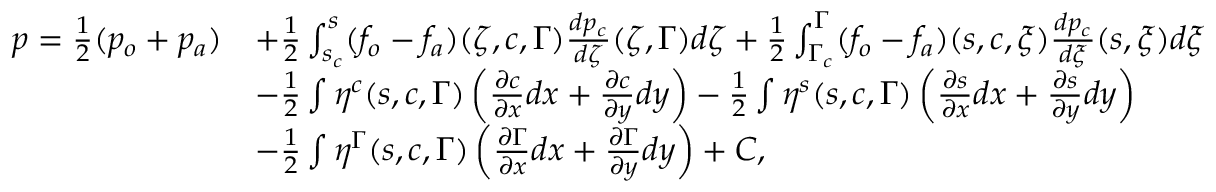
\begin{array} { r l } { p = \frac { 1 } { 2 } ( p _ { o } + p _ { a } ) } & { + \frac { 1 } { 2 } \int _ { s _ { c } } ^ { s } ( f _ { o } - f _ { a } ) ( \zeta , c , \Gamma ) \frac { d p _ { c } } { d \zeta } ( \zeta , \Gamma ) d \zeta + \frac { 1 } { 2 } \int _ { \Gamma _ { c } } ^ { \Gamma } ( f _ { o } - f _ { a } ) ( s , c , \xi ) \frac { d p _ { c } } { d \xi } ( s , \xi ) d \xi } \\ & { - \frac { 1 } { 2 } \int \eta ^ { c } ( s , c , \Gamma ) \left( \ensuremath { \frac { \partial c } { \partial x } } d x + \ensuremath { \frac { \partial c } { \partial y } } d y \right) - \frac { 1 } { 2 } \int \eta ^ { s } ( s , c , \Gamma ) \left( \ensuremath { \frac { \partial s } { \partial x } } d x + \ensuremath { \frac { \partial s } { \partial y } } d y \right) } \\ & { - \frac { 1 } { 2 } \int \eta ^ { \Gamma } ( s , c , \Gamma ) \left( \ensuremath { \frac { \partial \Gamma } { \partial x } } d x + \ensuremath { \frac { \partial \Gamma } { \partial y } } d y \right) + C , } \end{array}